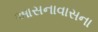
આસનાવાસના